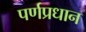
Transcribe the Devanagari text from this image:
पर्णप्रधान